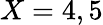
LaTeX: X=4,5